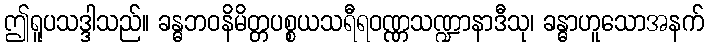
ဤရူပသဒ္ဒါသည်။ ခန္ဓဘဝနိမိတ္တပစ္စယသရီရဝဏ္ဏသဏ္ဍာနာဒီသု၊ ခန္ဓာဟူသောအနက်